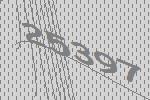
25397